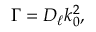
\Gamma = D _ { \ell } k _ { 0 } ^ { 2 } ,